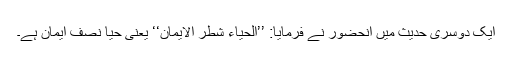
ایک دوسری حدیث میں آنحضورؐ نے فرمایا: ’’الحیاء شطر الایمان‘‘ یعنی حیا نصف ایمان ہے۔